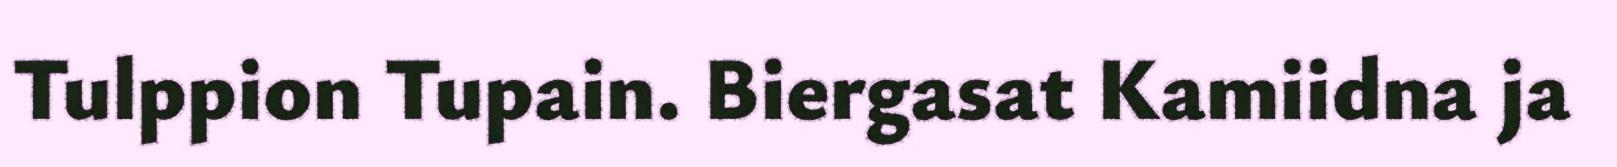
Tulppion Tupain. Biergasat Kamiidna ja